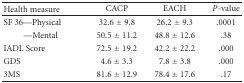
<table><thead><tr><td><b>Health measure</b></td><td><b>CACP</b></td><td><b>EACH</b></td><td><b><i>P</i>-value</b></td></tr></thead><tbody><tr><td>SF 36—Physical</td><td>32.6 ± 9.8</td><td>26.2 ± 9.3</td><td>.0001</td></tr><tr><td>—Mental</td><td>50.5 ± 11.2</td><td>48.8 ± 12.6</td><td>.38</td></tr><tr><td>IADL Score</td><td>72.5 ± 19.2</td><td>42.2 ± 22.2</td><td>.000</td></tr><tr><td>GDS</td><td>4.6 ± 3.3</td><td>7.8 ± 3.8</td><td>.000</td></tr><tr><td>3MS</td><td>81.6 ± 12.9</td><td>78.4 ± 17.6</td><td>.17</td></tr></tbody></table>